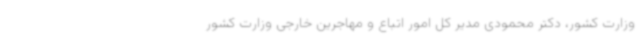
وزارت کشور، دکتر محمودی مدیر کل امور اتباع و مهاجرین خارجی وزارت کشور